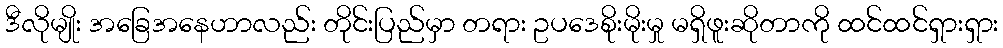
ဒီလိုမျိုး အခြေအနေဟာလည်း တိုင်းပြည်မှာ တရား ဥပဒေစိုးမိုးမှု မရှိဖူးဆိုတာကို ထင်ထင်ရှားရှား